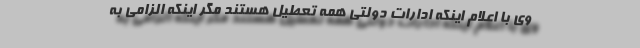
وی با اعلام اینکه ادارات دولتی همه تعطیل هستند مگر اینکه الزامی به